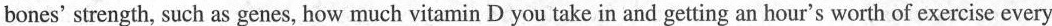
bones' strength, such as genes, how much vitamin D you take in and getting an hour's worth of exercise every